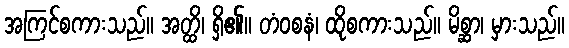
အကြင်စကားသည်။ အတ္ထိ၊ ရှိ၏။ တံဝစနံ၊ ထိုစကားသည်။ မိစ္ဆာ၊ မှားသည်။